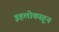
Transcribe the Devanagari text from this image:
इहलोकाहून